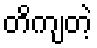
တိကျတဲ့